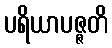
ပရိယာပဇ္ဇတိ